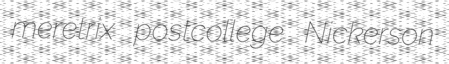
meretrix postcollege Nickerson